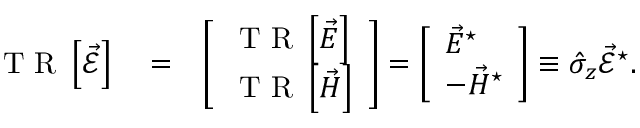
\begin{array} { r l r } { \mathrm { ~ T ~ R ~ } \left\lbrack \vec { \mathcal { E } } \right\rbrack } & { { } = } & { \left[ \begin{array} { l } { \mathrm { ~ T ~ R ~ } \left\lbrack \vec { E } \right\rbrack } \\ { \mathrm { ~ T ~ R ~ } \left\lbrack \vec { H } \right\rbrack } \end{array} \right] = \left[ \begin{array} { l } { \vec { E } ^ { \star } } \\ { - \vec { H } ^ { \star } } \end{array} \right] \equiv \hat { \sigma } _ { z } \vec { \mathcal { E } } ^ { \star } . } \end{array}